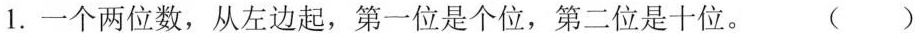
1.一个两位数，从左边起，第一位是个位，第二位是十位。 ()